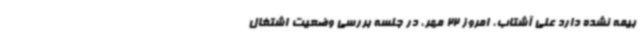
بیمه نشده دارد علی آشتاب، امروز 22 مهر، در جلسه بررسی وضعیت اشتغال